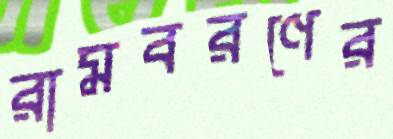
রামবরণের